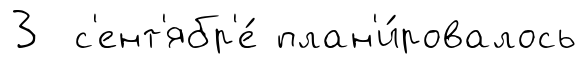
3 с'ент'ябр'е́ план'и́ровалось